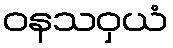
ဝနသဝှယံ